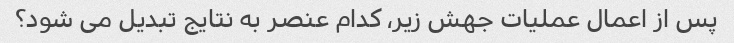
پس از اعمال عملیات جهش زیر، کدام عنصر به نتایج تبدیل می شود؟